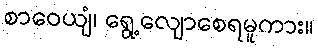
စာဝေယျံ၊ ရွေ့လျောစေရမူကား။